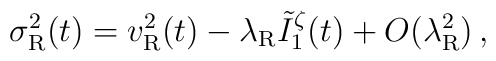
\sigma_{\rm R}^2(t)=v_{\rm R}^2(t)-\lambda_{\rm R}\tilde{I}_1^{\zeta}(t)+O(\lambda_{\rm R}^2)\,,